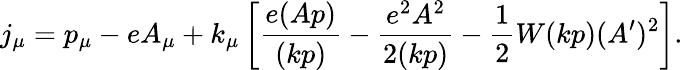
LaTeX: j_{\mu}=p_{\mu}-eA_{\mu}+k_{\mu}\left[\frac{e(Ap)}{(kp)}-\frac{e^{2}A^{2}}{2(kp)}-\frac 12W(kp)(A^{\prime})^{2}\right].